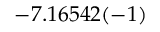
- 7 . 1 6 5 4 2 ( - 1 )